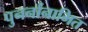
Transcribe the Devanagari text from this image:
पुनर्नानामित